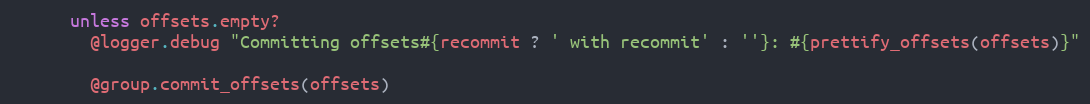
Language: Ruby
      unless offsets.empty?
        @logger.debug "Committing offsets#{recommit ? ' with recommit' : ''}: #{prettify_offsets(offsets)}"

        @group.commit_offsets(offsets)